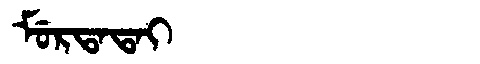
Manchu: ᠮᡠᡵᡨᠠᡨᠠᡳ
Romanization: MURTATAI